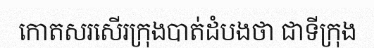
កោតសរសើរក្រុងបាត់ដំបងថា ជាទីក្រុង